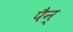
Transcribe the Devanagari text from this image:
पैन्